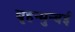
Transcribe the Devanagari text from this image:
बृहन्मुन्बई